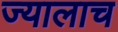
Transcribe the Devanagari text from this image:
ज्यालाच